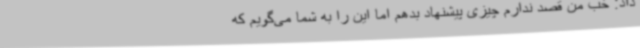
داد: خب من قصد ندارم چیزی پیشنهاد بدهم اما این را به شما می‌گویم که